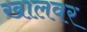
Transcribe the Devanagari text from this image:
खालवर